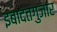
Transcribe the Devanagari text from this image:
इबादतगुजार